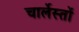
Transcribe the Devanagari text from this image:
चार्लेस्तों